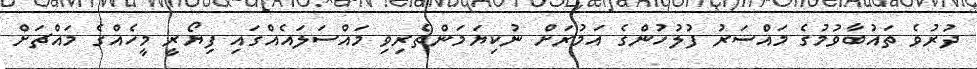
ދުރުވެ ތައުބާވުމުގެ މައްސަރު ފުލުހުންގެ އަމުރަށް ނުކިޔަމަންތެރިވި މައްސަލައެއްގައި ފިޔޯރީ މީހެއްގެ މައްޗަށް